Annual report of the Punjab Veterinary College and of the Civil Veterinary Department, Punjab - 1909-1919
Year: 1909
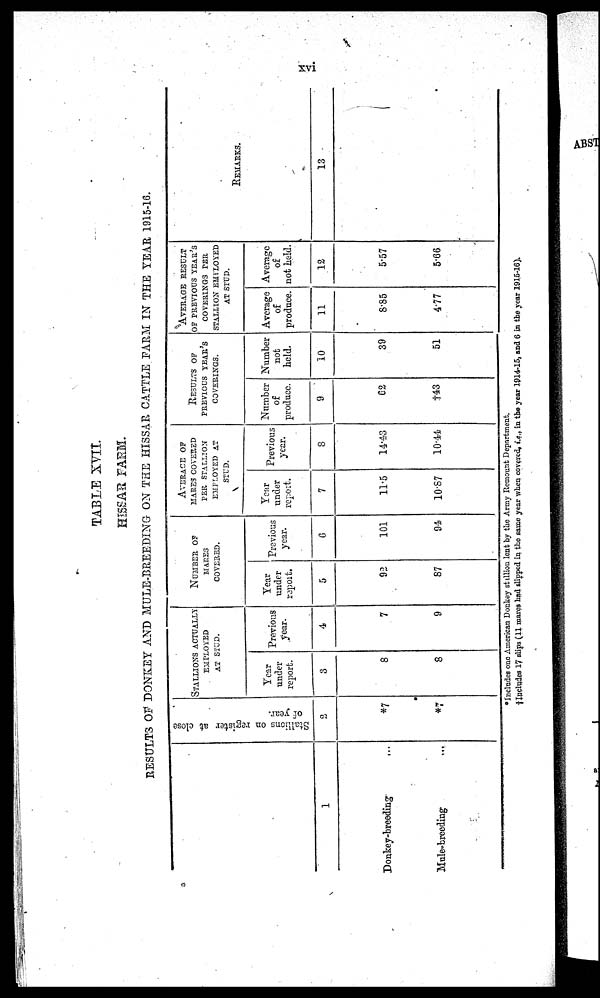
xvi
TABLE XVII.
HISSAR FARM.
RESULTS OF DONKEY AND MULE-BREEDING ON THE HISSAR CATTLE FARM IN THE YEAR 1915-16.
1
Donkey-breeding
...
Mule breeding
...
Stallions on register at close
or year.
2
*7
*7
STALLIONS ACTUALLY
EMPLOYED
AT STUD.
Year
under
report.
3
8
8
Previous
year.
4
7
9
NUMBER OF
MARES
COVERED.
Year
under
report.
5
92
87
Previous
year.
6
101
94
AVERAGE OF
MARES COVERED
PER STALLION
EMPLOYED AT
STUD.
Year
under
report.
7
11.5
10.87
Previous
year.
8
14.43
10.44
RESULT OF
PREVIOUS YEAR'S
COVERINGS.
Number
of
produce.
9
62
†43
Number
not
held.
10
39
51
AVERAGE RESULT
OF PREVIOUS YEAR'S
COVERINGS PER
STALLION EMPLOYED
AT STUD.
Average
of
produce.
11
8.85
4.77
Average
of
not held.
12
5.57
5.66
REMARKS.
13
*Includes one American Donkey stallion lent by the Army Remount Department.
† Includes 17 slips (11 mares had slipped in the same year when covered, i.e., in the year 1914-15, and 6 in the year 1915-16).